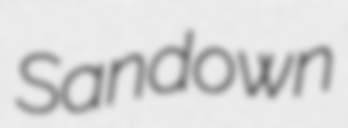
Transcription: Sandown